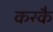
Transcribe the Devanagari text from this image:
करकै